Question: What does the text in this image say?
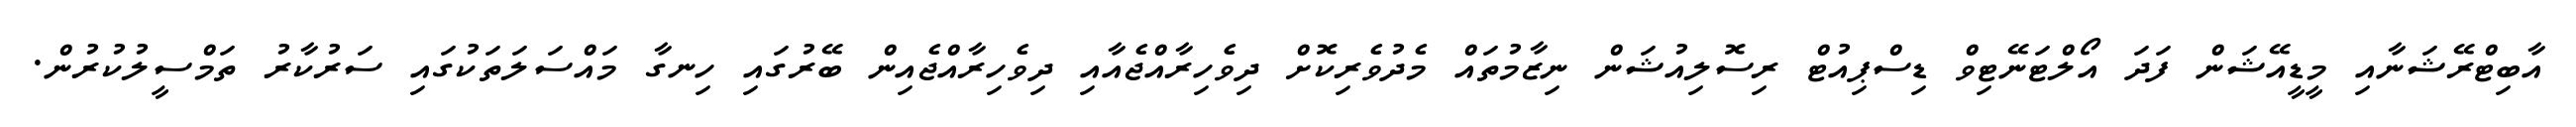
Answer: އާބިޓްރޭޝަނާއި މީޑީއޭޝަން ފަދަ އޯލްޓަނޭޓިވް ޑިސްޕިއުޓް ރިސޮލިއުޝަން ނިޒާމުތައް މެދުވެރިކޮށް ދިވެހިރާއްޖެއާއި ދިވެހިރާއްޖެއިން ބޭރުގައި ހިނގާ މައްސަލަތަކުގައި ސަރުކާރު ތަމްސީލުކުރުން.